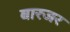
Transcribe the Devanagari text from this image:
बारजर